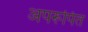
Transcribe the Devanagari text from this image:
अपरूपित